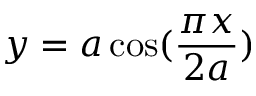
y = a \cos ( { \frac { \pi x } { 2 a } } )